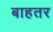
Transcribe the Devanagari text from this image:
बाहतर